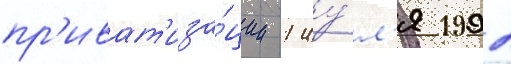
пр'иват'иза́ции 1 иу́л'я 1992